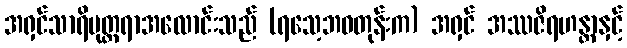
အရှင်သာရိပုတ္တရာအလောင်းသည် (ရသေ့ဘဝတုန်းက) အရှင် အဿဇိရဟန္တာနှင့်